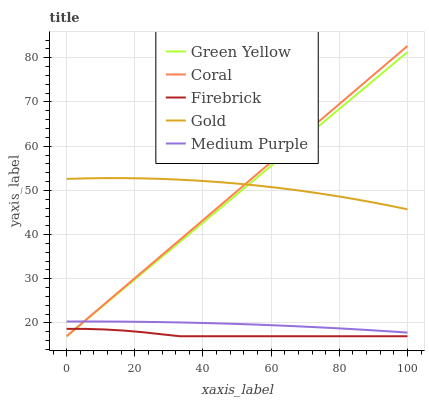
| xaxis_label | Green Yellow | Coral | Firebrick | Gold | Medium Purple |
 | --- | --- | --- | --- | --- | --- |
 | 0 | 17 | 17 | 18.7 | 52.6 | 20.3 |
 | 5.56 | 20.6 | 20.6 | 18.7 | 52.7 | 20.3 |
 | 11.1 | 24.1 | 24.3 | 18.5 | 52.8 | 20.3 |
 | 16.7 | 27.7 | 27.9 | 18.3 | 52.8 | 20.3 |
 | 22.2 | 31.3 | 31.6 | 17.9 | 52.7 | 20.3 |
 | 27.8 | 34.9 | 35.2 | 17.4 | 52.6 | 20.2 |
 | 33.3 | 38.4 | 38.9 | 17 | 52.4 | 20.1 |
 | 38.9 | 42 | 42.5 | 17 | 52.2 | 20 |
 | 44.4 | 45.6 | 46.2 | 17 | 51.9 | 19.9 |
 | 50 | 49.1 | 49.8 | 17 | 51.5 | 19.8 |
 | 55.6 | 52.7 | 53.5 | 17 | 51.1 | 19.6 |
 | 61.1 | 56.3 | 57.1 | 17 | 50.7 | 19.5 |
 | 66.7 | 59.9 | 60.8 | 17 | 50.1 | 19.3 |
 | 72.2 | 63.4 | 64.4 | 17 | 49.5 | 19.1 |
 | 77.8 | 67 | 68.1 | 17 | 48.9 | 18.9 |
 | 83.3 | 70.6 | 71.7 | 17 | 48.2 | 18.6 |
 | 88.9 | 74.2 | 75.4 | 17 | 47.4 | 18.4 |
 | 94.4 | 77.7 | 79 | 17 | 46.6 | 18.1 |
 | 100 | 81.3 | 82.7 | 17 | 45.7 | 17.8 |